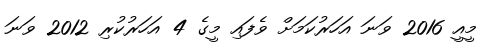
މީއީ 2016 ވަނަ އަހަރުކަމަށް ވެފައި މީގެ 4 އަހަރުކުރި 2012 ވަނަ